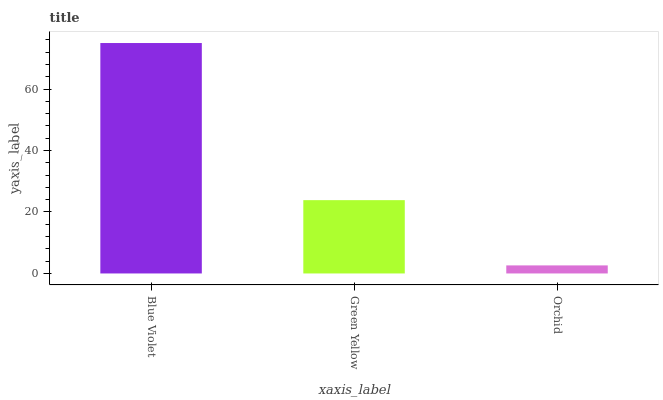
| xaxis_label | bars |
 | --- | --- |
 | Blue Violet | 75 |
 | Green Yellow | 23.9 |
 | Orchid | 2.63 |